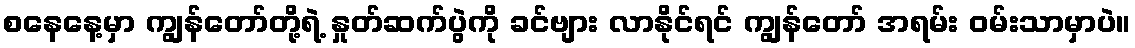
စနေနေ့မှာ ကျွန်တော်တို့ရဲ့ နှုတ်ဆက်ပွဲကို ခင်ဗျား လာနိုင်ရင် ကျွန်တော် အရမ်း ဝမ်းသာမှာပဲ။